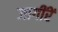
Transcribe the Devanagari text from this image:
जागींरें